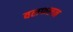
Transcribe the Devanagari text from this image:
वलफलन